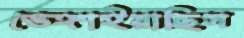
ভেঙ্গাইয়াছিস